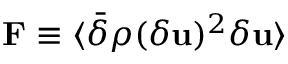
{ \bf F } \equiv \langle \bar { \delta } \rho ( \delta { \bf u } ) ^ { 2 } \delta { \bf u } \rangle